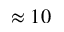
\approx 1 0